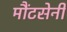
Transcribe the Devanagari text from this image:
मौंटसेनी